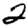
Digit: 2